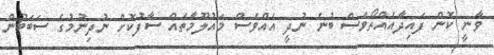
ވާނީ ކޮން ފައިދާއެއްތޯވެސް ބުނެ ނުދީ އެއްވެސް މައުލޫމާތެއް ސާފުކޮށް ނުދިނުމުގެ ސަބަބުން